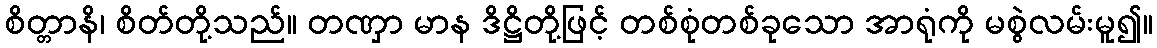
စိတ္တာနိ၊ စိတ်တို့သည်။ တဏှာ မာန ဒိဋ္ဌိတို့ဖြင့် တစ်စုံတစ်ခုသော အာရုံကို မစွဲလမ်းမူ၍။